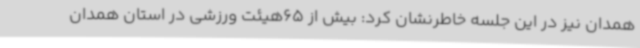
همدان نیز در این جلسه خاطرنشان کرد: بیش از 65هیئت ورزشی در استان همدان